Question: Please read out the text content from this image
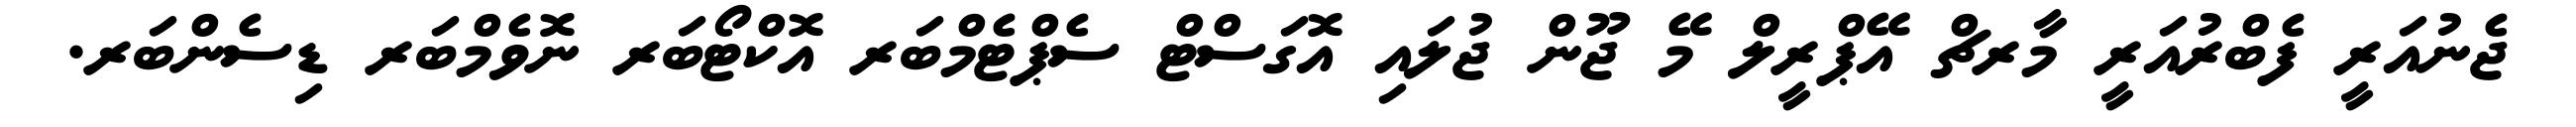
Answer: ޖެނުއަރީ ފެބްރުއަރީ މާރޗް އޭޕްރީލް މޭ ޖޫން ޖުލައި އޮގަސްޓް ސެޕްޓެމްބަރ އޮކްޓޯބަރ ނޮވެމްބަރ ޑިސެންބަރ.